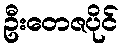
ဦးတေဇပိုင်